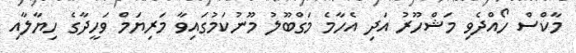
މާކްސް ހޯއްދެވި މަޝްހޫރު އަދި އެހާމެ މަގްބޫލު މޫނުކަމުގައިވާ މަރިޔަމް ވަހީދާގެ ހިޔާލާއި